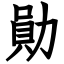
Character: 勛